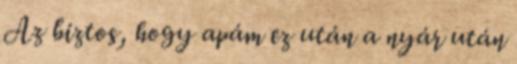
Az biztos, hogy apám ez után a nyár után